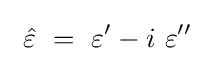
\ {\hat {\varepsilon }}\ =\ \varepsilon '-i\ \varepsilon ''\